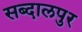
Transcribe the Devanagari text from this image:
सब्दालपुर